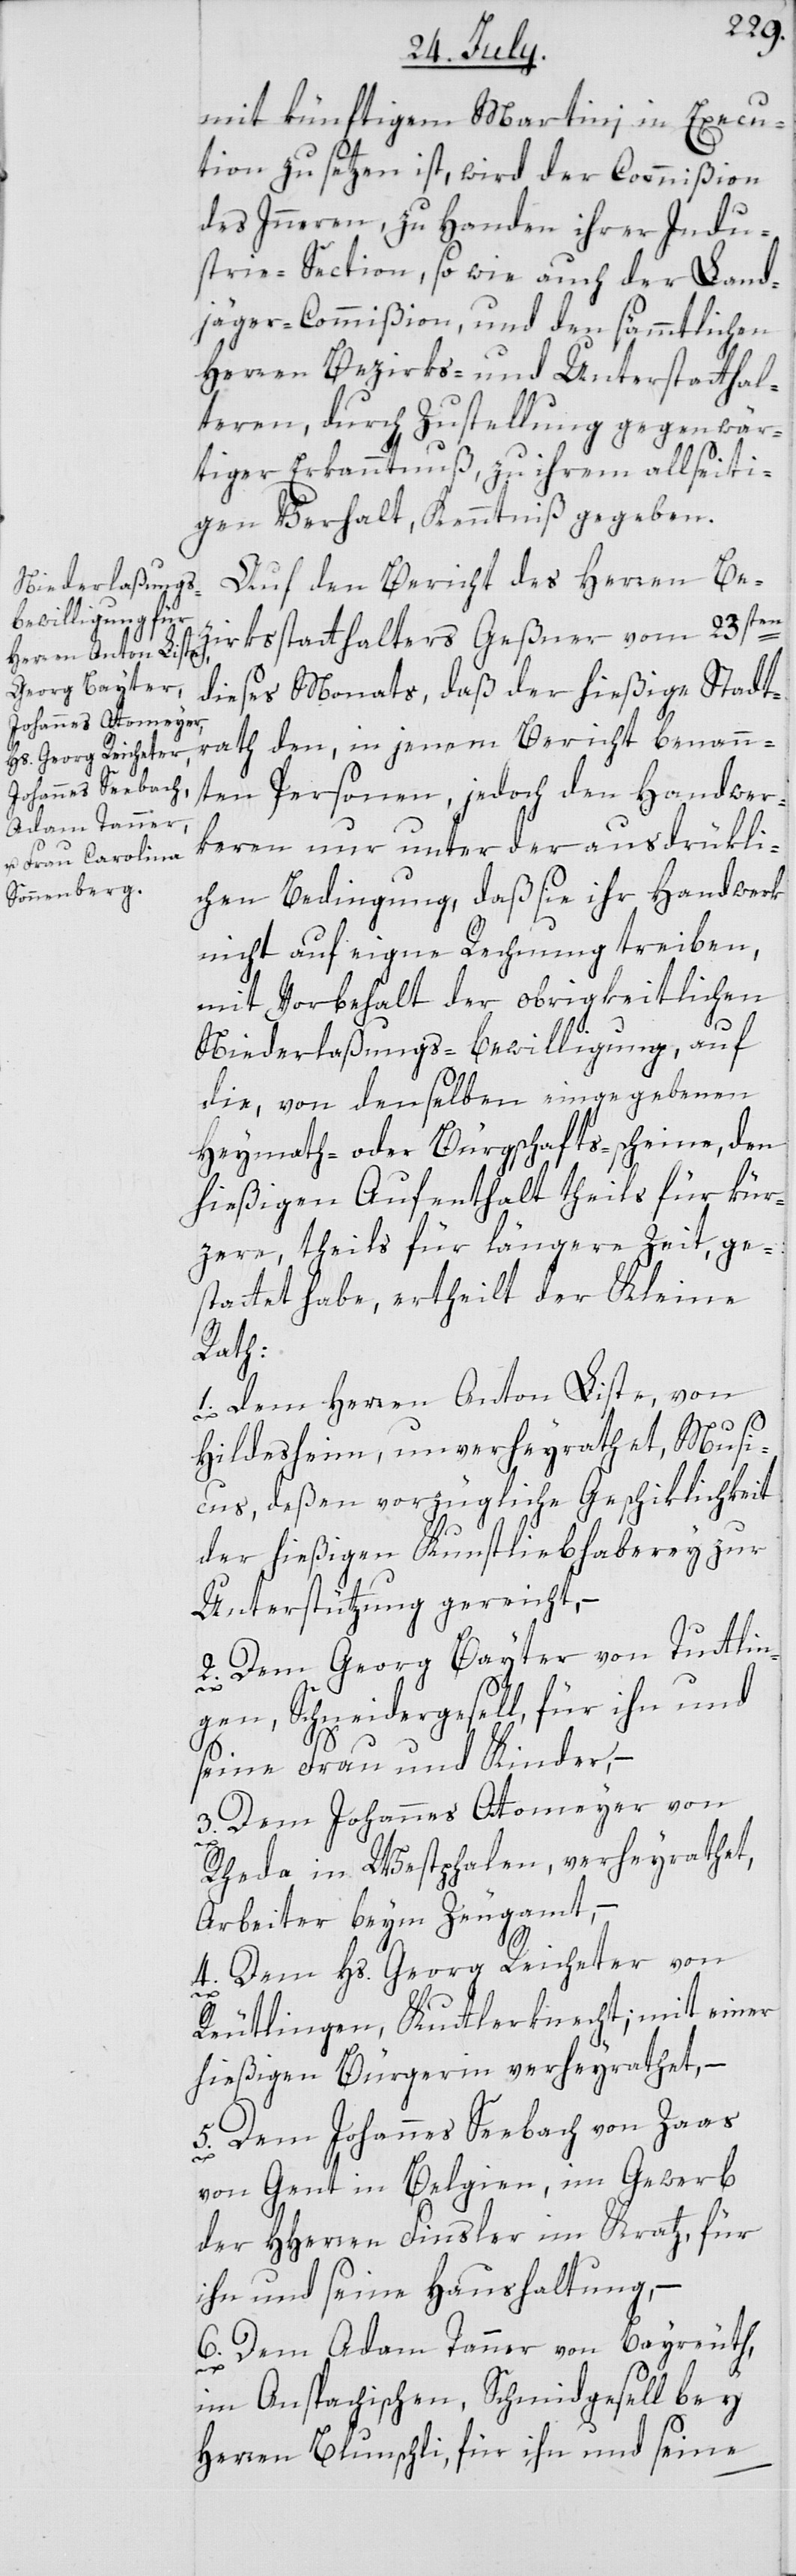
mit künftigem Martini in Execu¬
tion zu setzen ist, wird der Commißion
des Innern, zu Handen ihrer Indu¬
strie-Section, so wie auch der Land¬
jäger-Commißion, und den sämmtlichen
Herren Bezirks- und Unterstatthal¬
teren, durch Zustellung gegenwär¬
tiger Erkanntnuß, zu ihrem allseiti¬
gen Verhalt, Kenntniß gegeben.
Auf den Bericht des Herren Be¬
zirksstatthalters Geßner vom 23sten
dieses Monats, daß der hießige Stadt¬
rath den, in jenem Bericht benann¬
ten Personen, jedoch den Handwer¬
keren nur unter der ausdrükli¬
chen Bedingung, daß sie ihr Handwerk
nicht auf eigne Rechnung treiben,
mit Vorbehalt der obrigkeitlichen
Niederlaßungs-Bewilligung, auf
die, von denselben eingegebenen
Heymath- oder Bürgschafts-scheine, den
hießigen Aufenthalt theils für kür¬
zere, theils für längere Zeit, ge¬
stattet habe, ertheilt der Kleine
Rath:
1. Dem Herren Anton Liste, von
Hildesheim, unverheyrathet, Musi¬
cus, deßen vorzügliche Geschiklichkeit
der hießigen Kunstliebhaberey zur
Unterstützung gereicht, –
2. Dem Georg Bayter von Tuttlin¬
gen, Schneidergesell, für ihn und
seine Frau und Kinder, –
3. Dem Johannes Attomeyer von
Rheda in Westphalen, verheyrathet,
Arbeiter beym Zeugamt, –
4. Dem Hs. Georg Reicheter von
Reutlingen, Kuttlerknecht; mit einer
hießigen Bürgerin verheyrathet, –
5. Dem Johannes Seebach von Zaas
von Gent in Belgien, im Gewerb
der HHerren Finsler im Kratz, für
ihn und seine Haushaltung, –
6. Dem Adam Tanner von Bayreuth,
im Anspachischen, Schmidgesell bey
Herren Blunschli, für ihn und seine